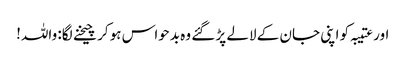
اور عتیبہ کو اپنی جان کے لالے پڑ گئے وہ بدحواس ہو کر چیخنے لگا: واللہ!